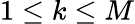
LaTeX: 1\leq k\leq M